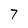
Character: 7